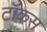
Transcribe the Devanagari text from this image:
टॉकस